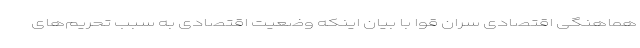
هماهنگی اقتصادی سران قوا با بیان اینکه وضعیت اقتصادی به سبب تحریم‌های